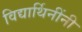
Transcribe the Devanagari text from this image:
विद्यार्थिनींनी